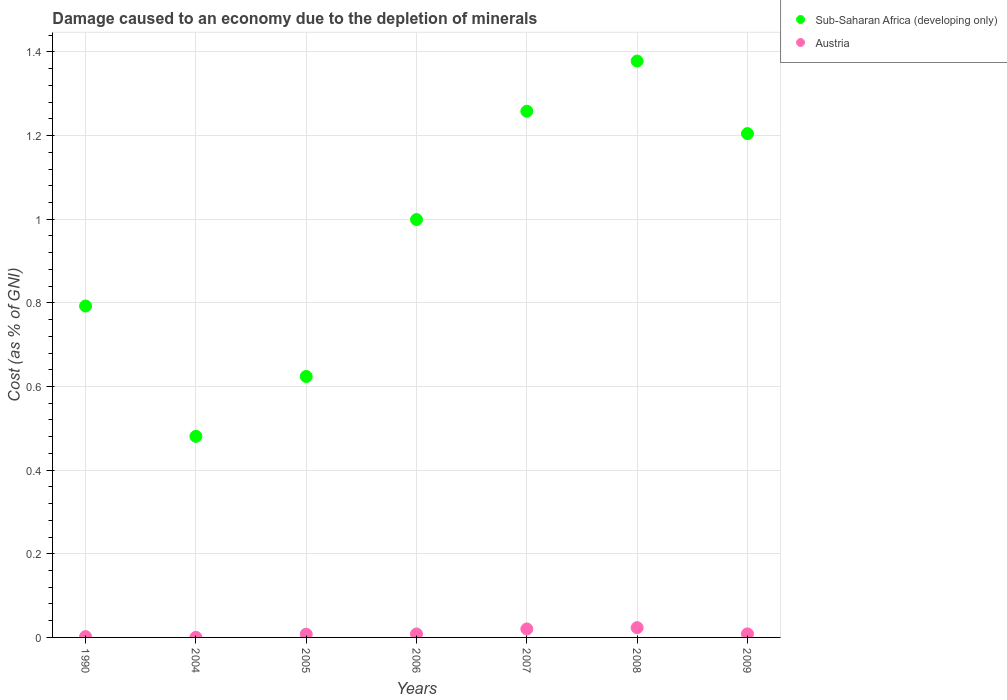
| Years | Sub-Saharan Africa (developing only) | Austria |
 | --- | --- | --- |
 | 1990 | 0.793 | 0.00203 |
 | 2004 | 0.481 | 0.000191 |
 | 2005 | 0.624 | 0.00776 |
 | 2006 | 0.999 | 0.00836 |
 | 2007 | 1.26 | 0.0203 |
 | 2008 | 1.38 | 0.0234 |
 | 2009 | 1.2 | 0.0085 |